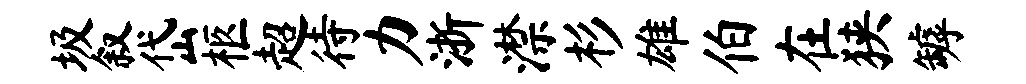
圾叙岱柩超待力浙潸杉雄伯在狭罅